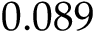
0 . 0 8 9